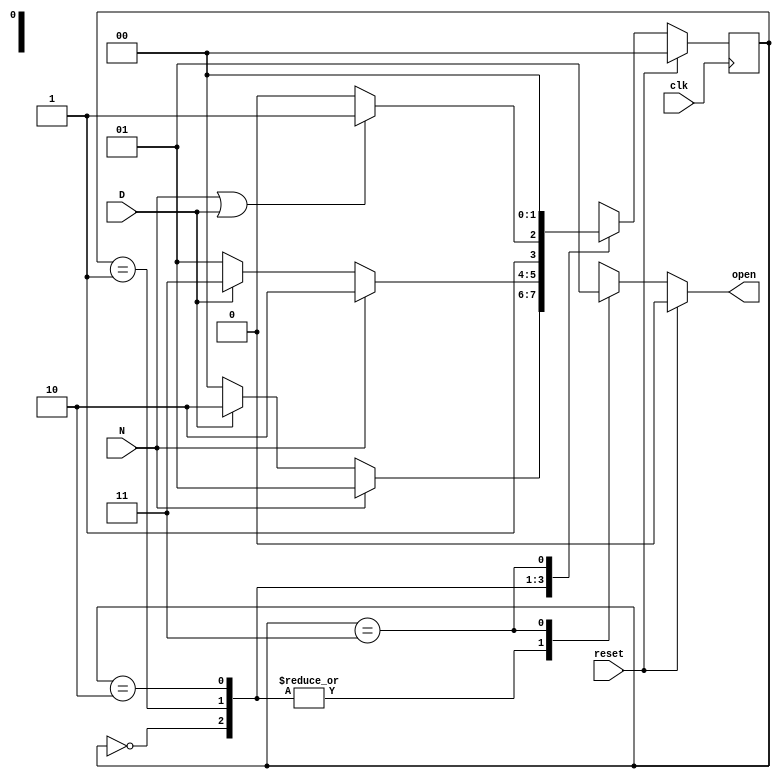
module vending_mealy(N, D, clk, reset, open);
// Mealy FSM for a vending machine
input N, D, clk, reset;
output open;
reg [1:0] pstate, nstate;
reg open;
parameter S0=2'b00, S5=2'b01, S10=2'b10, S15=2'b11;
// Next state and ouptut combinational logic
always @(N or D or pstate or reset)
if (reset)
begin nstate = S0; open = 0; end
else case (pstate)
S0: begin open = 0; if (N) nstate = S5;
else if (D) nstate = S10;
else nstate = S0; end
S5: begin open = 0; if (N)nstate = S10;
else if (D) nstate = S15;
else nstate = S5; end
S10: if (N | D) begin nstate = S15; open = 0; end
else begin nstate = S10; open = 0; end
S15: begin nstate = S0; open = 1; end
endcase
// FF logic, use nonblocking assignments "<="
always @(posedge clk)
pstate <= nstate;
endmodule